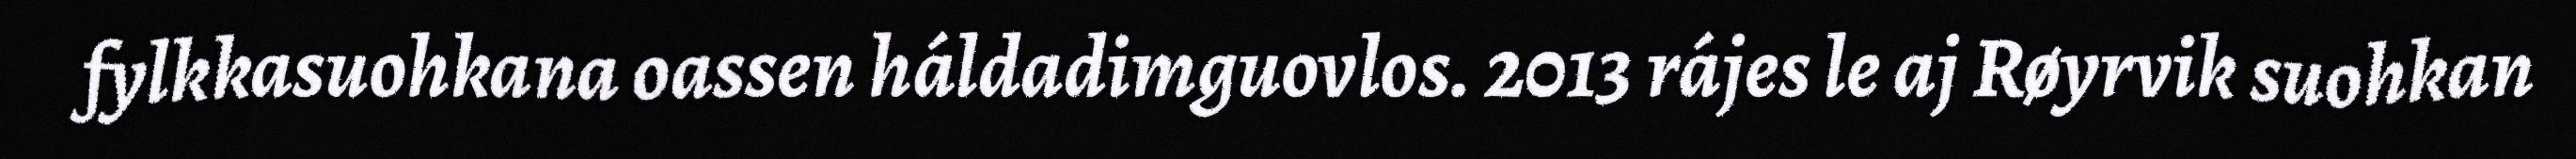
fylkkasuohkana oassen háldadimguovlos. 2013 rájes le aj Røyrvik suohkan